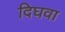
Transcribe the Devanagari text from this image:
दिघवा